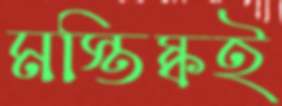
মস্তিষ্কই